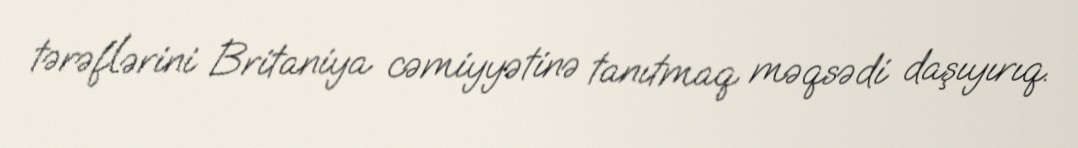
tərəflərini Britaniya cəmiyyətinə tanıtmaq məqsədi daşıyırıq.